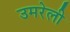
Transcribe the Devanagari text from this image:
उमरेली